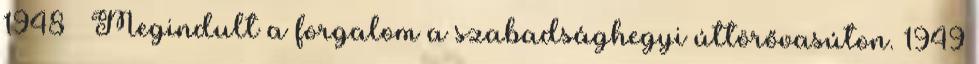
1948 – Megindult a forgalom a szabadsághegyi úttörővasúton. 1949